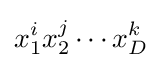
x_{1}^{i}x_{2}^{j}\cdots x_{D}^{k}